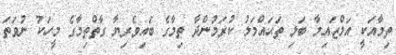
ތިމާއަކީ އަލްޒައިމާ ބަލި ތަޙައްމަލު ކުރަމުންދާ ތިމާގެ ބައިވެރިޔާ ގާތްތިމާގެ މީހަކު ނުވަތަ